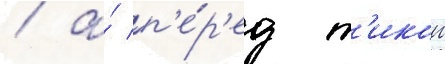
/ а́ п'е́р'ед т'икои